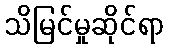
သိမြင်မှုဆိုင်ရာ